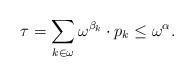
LaTeX: \begin{align*} \tau = \sum_{k\in\omega}\omega^{\beta_k}\cdot p_k \le \omega^\alpha.\end{align*}